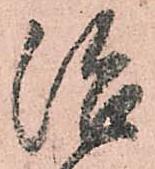
治